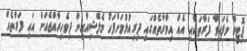
ޕޮިޓިވް ވެފައިވާ ފަރާތަކާއި އެއް އިމާރާތެއްގައި ދިރިއުޅުމަށްފަހު މެލޭޝިއާއިން ދިވެހިރާއްޖެއަށް އައި ފަރާތެއް